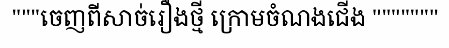
"""ចេញពីសាច់រឿងថ្មី ក្រោមចំណងជើង """""""